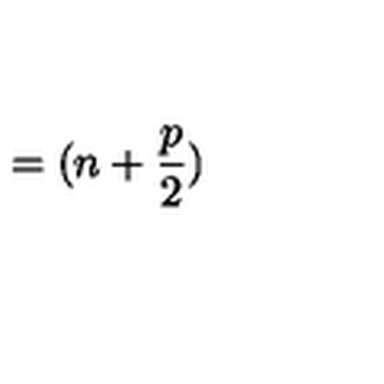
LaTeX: = ( n + \frac p 2 )